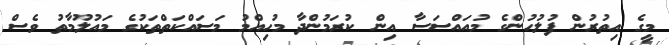
މީގެ އިތުރުން ފުލުހުންގެ މުއައްސަސާ އިން ކުރަމުންދާ މުހިއްމު މަސައްކަތްތަކުގެ މައުލޫމާތު ވެސް